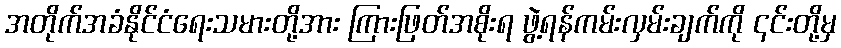
အတိုက်အခံနိုင်ငံရေးသမားတို့အား ကြားဖြတ်အစိုးရ ဖွဲ့ရန်ကမ်းလှမ်းချက်ကို ၎င်းတို့မှ